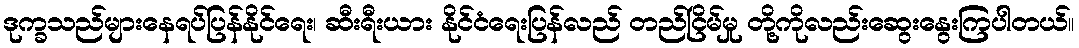
ဒုက္ခသည်များနေရပ်ပြန်နိုင်ရေး၊ ဆီးရီးယား နိုင်ငံရေးပြန်လည် တည်ငြိမ်မှု တို့ကိုလည်းဆွေးနွေးကြပါတယ်။